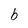
Character: b